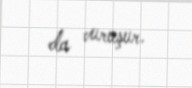
da vuruşur.